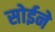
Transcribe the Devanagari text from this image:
सोईने